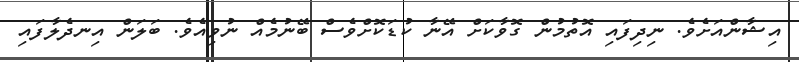
އިޝާންއަށެވެ. ނިދިފައި އޮތުމުން ގޮވާކަށް އޭނާ ކުޑަކޮށްވެސް ބޭނުމެއް ނުވިއެވެ. ބަލަން އިނދެލާފައި